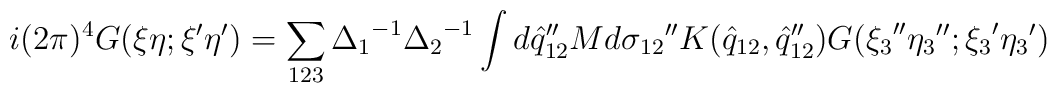
i(2\pi)^4 G(\xi \eta ;{\xi}' {\eta}') = \sum_{123}{\Delta_1}^{-1} {\Delta_2}^{-1} \int d{{\hat q}_{12}}'' M d{\sigma_{12}}''K({\hat q}_{12}, {{\hat q}_{12}}'') G({\xi_3}'' {\eta_3}'';{\xi_3}' {\eta_3}')